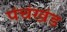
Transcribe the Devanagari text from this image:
पंचंखंड